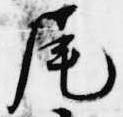
尾